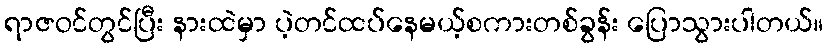
ရာဇဝင်တွင်ပြီး နားထဲမှာ ပဲ့တင်ထပ်နေမယ့်စကားတစ်ခွန်း ပြောသွားပါတယ်။